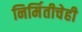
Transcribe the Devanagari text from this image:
निर्मितीचेही